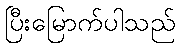
ပြီးမြောက်ပါသည်